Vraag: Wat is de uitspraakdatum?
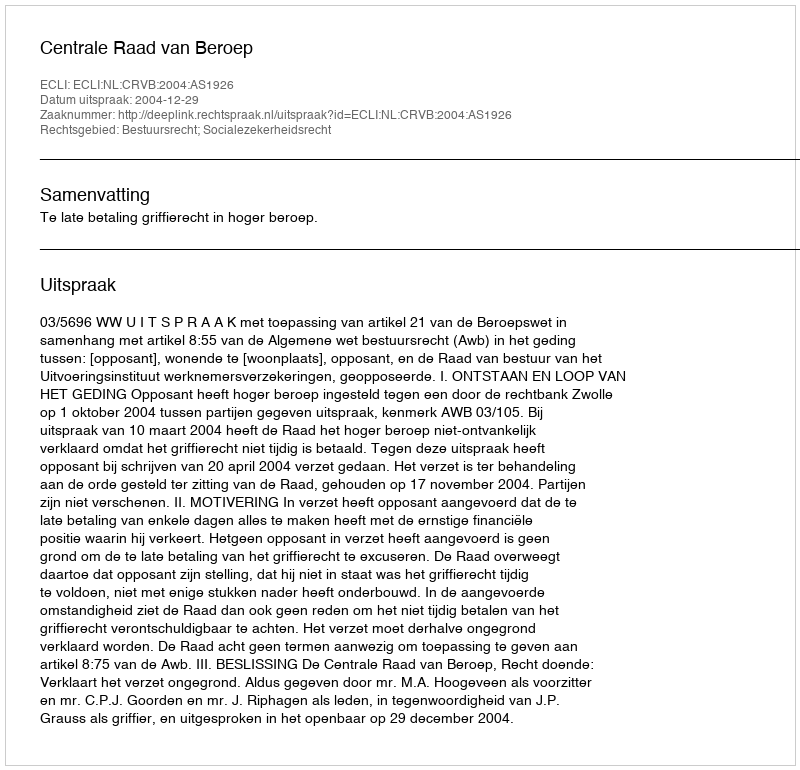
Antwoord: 2004-12-29